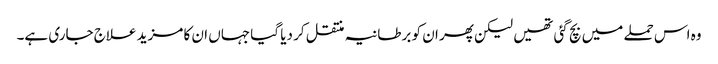
وہ اس حملے میں بچ گئی تھیں لیکن پھر ان کو برطانیہ منتقل کر دیا گیا جہاں ان کا مزید علاج جاری ہے۔